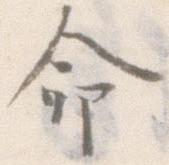
命